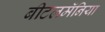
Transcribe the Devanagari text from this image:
बीटलमॅनिया